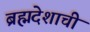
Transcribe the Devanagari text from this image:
ब्रह्मदेशाची